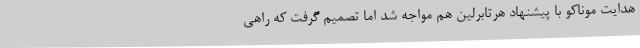
هدایت موناکو با پیشنهاد هرتابرلین هم مواجه شد اما تصمیم گرفت که راهی